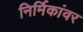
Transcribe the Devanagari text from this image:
निर्मिकांवर